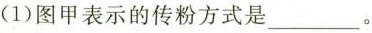
(1)图甲表示的传粉方式是___。